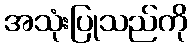
အသုံးပြုသည်ကို